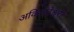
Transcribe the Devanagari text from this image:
अकिलंदेश्वरी